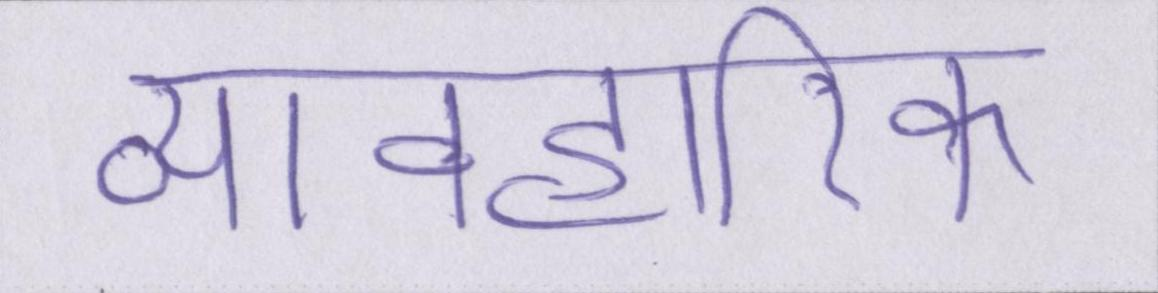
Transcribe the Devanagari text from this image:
व्यावहारिक